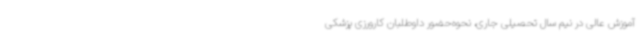
آموزش عالی در نیم سال تحصیلی جاری، نحوه‌حضور داوطلبان کارورزی پزشکی